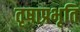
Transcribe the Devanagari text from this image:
तृषाप्रभृति